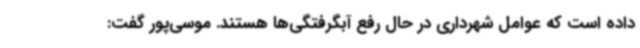
داده است که عوامل شهرداری در حال رفع آبگرفتگی‌ها هستند. موسی‌پور گفت: